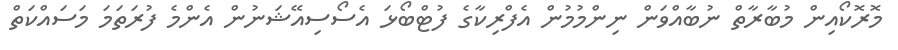
މޮރޮކޯއިން މުބާރާތް ނުބާއްވަން ނިންމުމުން އެފްރިކާގެ ފުޓްބޯޅަ އެސޯސިއޭޝަނުން އެންމެ ފުރަތަމަ މަސައްކަތް